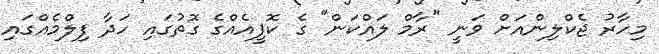
މިހާރު ޖެކްލިންއަށް ވަނީ "ރާމް ލައްކަން" ގެ ކޮޕީއެއްގެ ގޮތުގައި ހަދާ ފިލްމެއްގައި